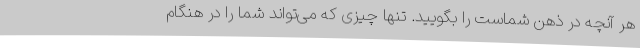
هر آنچه در ذهن شماست را بگویید. تنها چیزی که می‌تواند شما را در هنگام